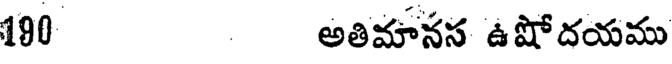
190 అతిమానస ఉషోదయము